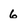
Character: 6